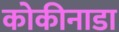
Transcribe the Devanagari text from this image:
कोकीनाडा